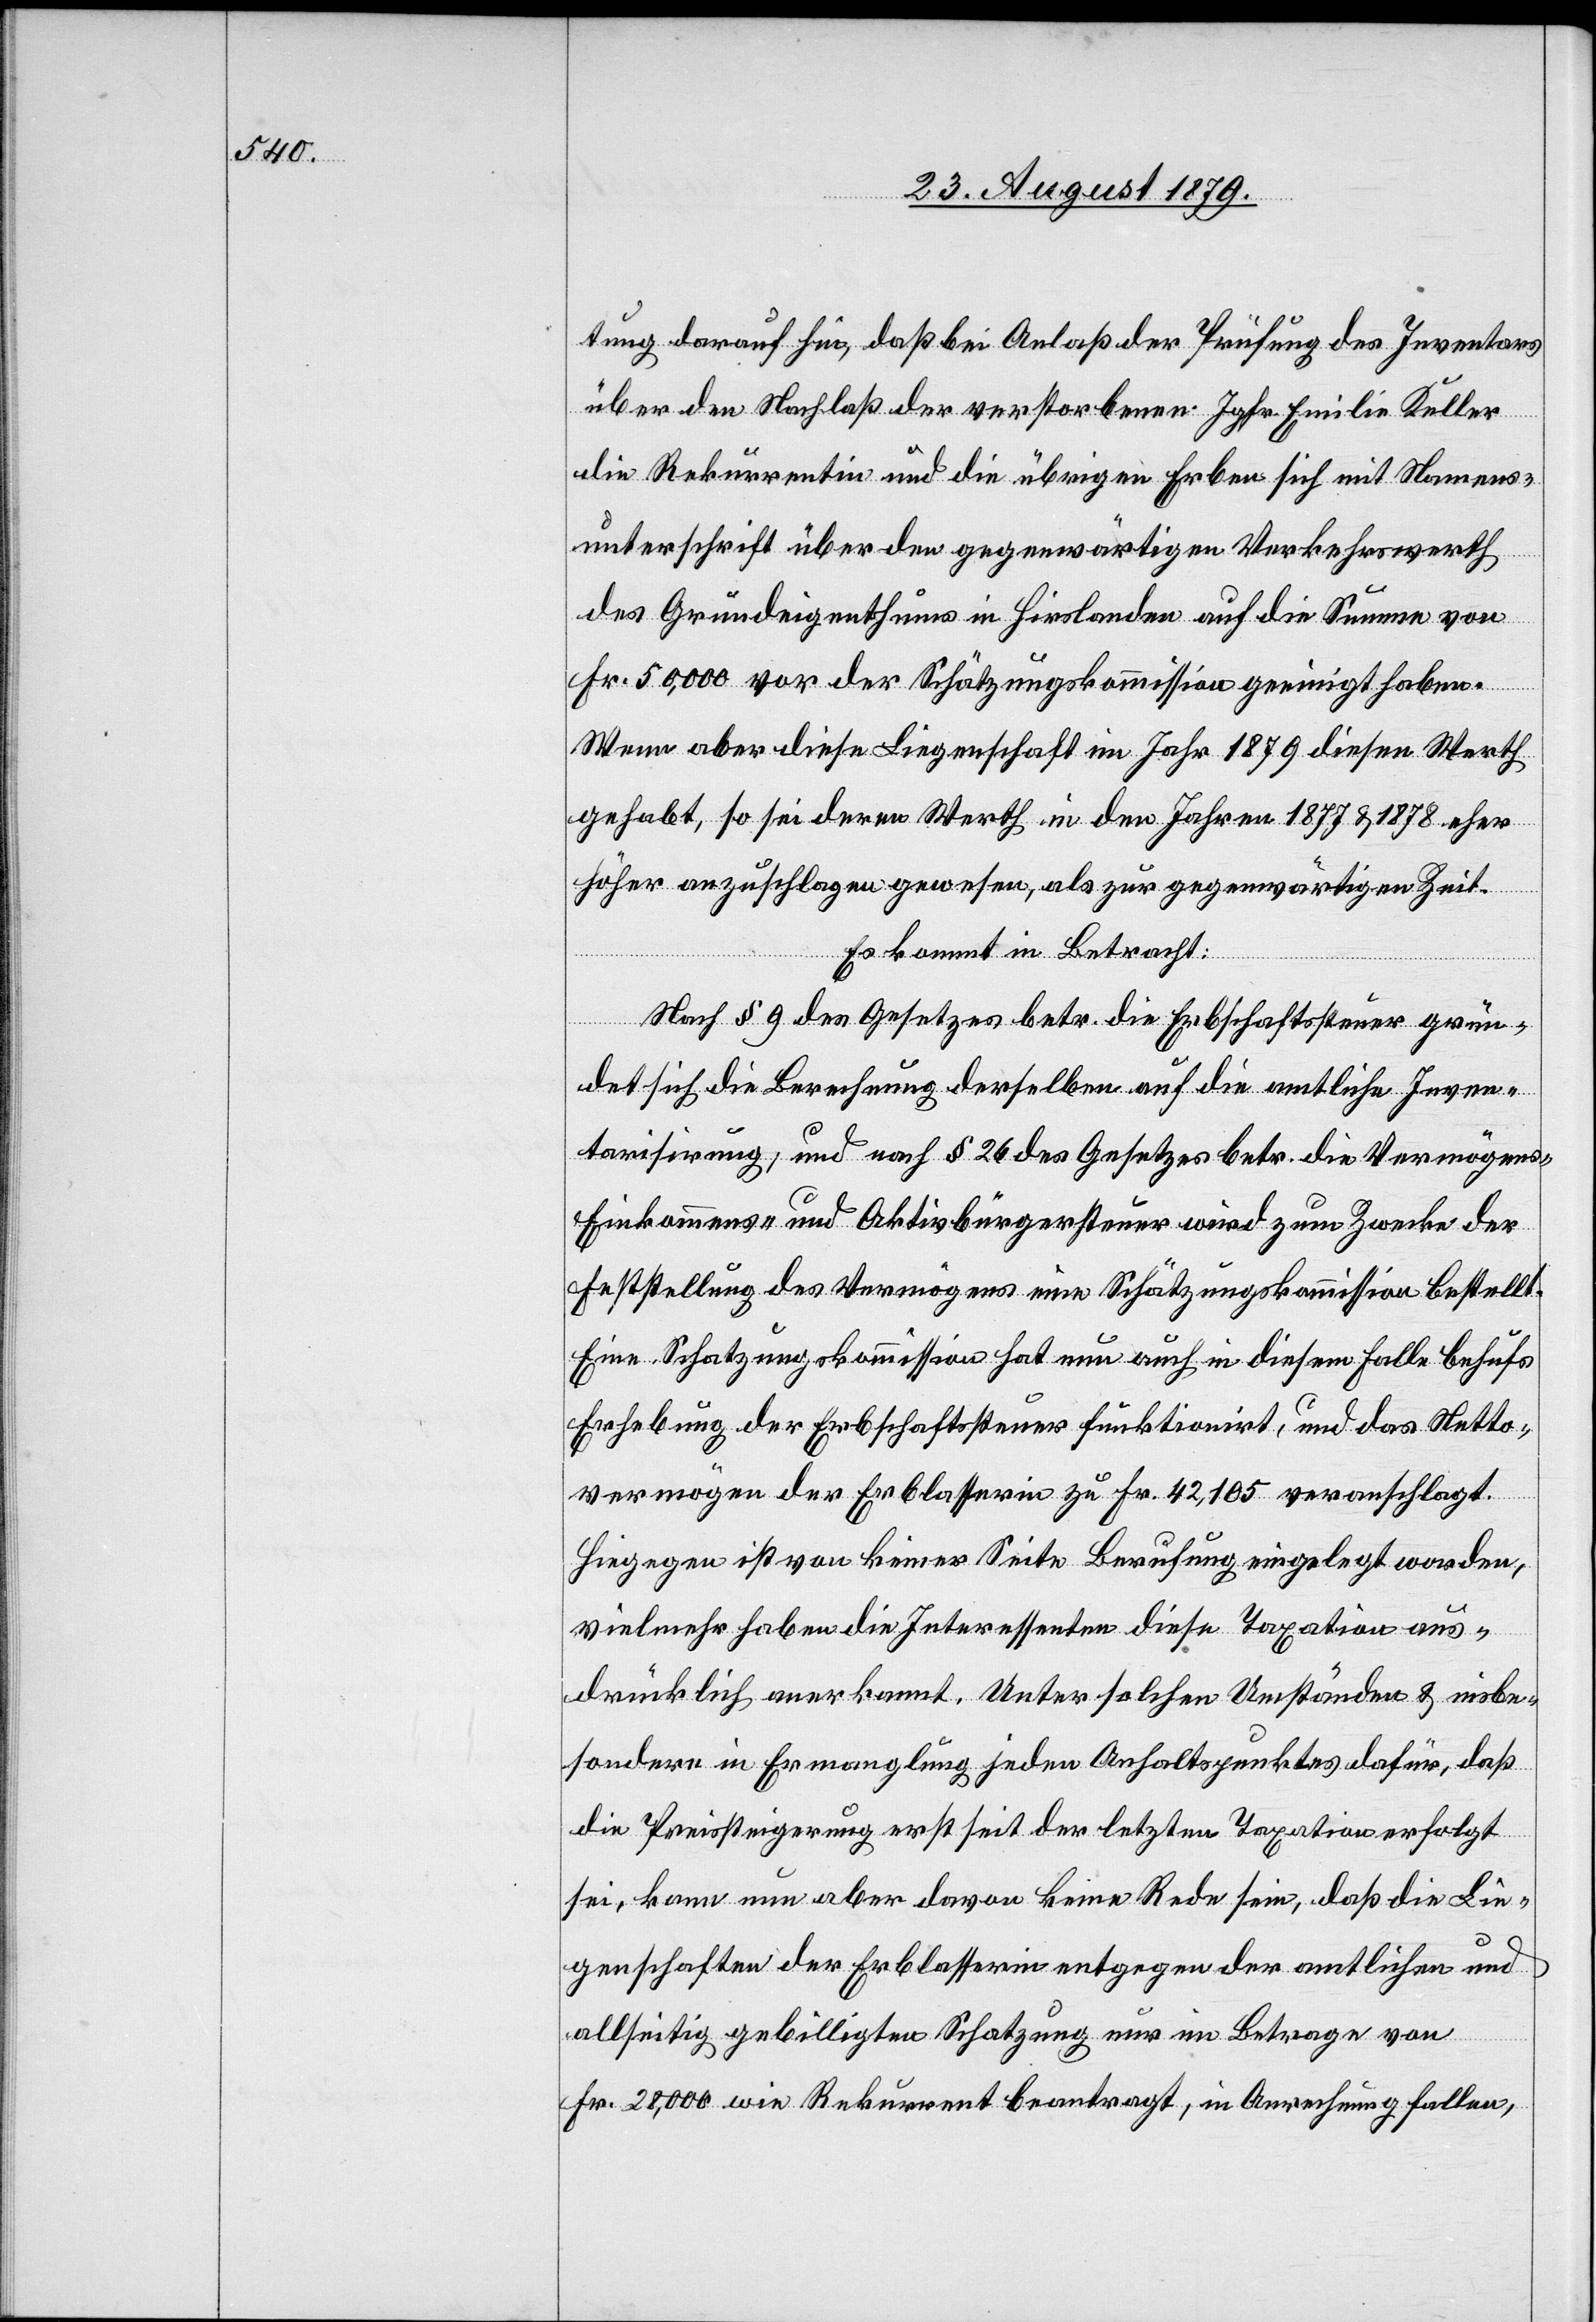
tung darauf hin, daß bei Anlaß der Prüfung des Inventars
über den Nachlaß der verstorbenen Jgfr. Emilie Keller
die Rekurrentin und die übrigen Erben sich mit Namens¬
unterschrift über den gegenwärtigen Verkehrswerth
des Grundeigenthums in Hirslanden auf die Summe von
Fr. 50,000 vor der Schätzungskommission geeinigt haben.
Wenn aber diese Liegenschaft im Jahr 1879 diesen Werth
geglaubt, so sei deren Werth in den Jahren 1877 & 1878 eher
höher anzuschlagen gewesen, als zur gegenwärtigen Zeit.
Es kommt in Betracht:
Nach § 9 des Gesetzes betr. die Erbschaftssteuer grün¬
det sich die Berechnung derselben auf die amtliche Inven¬
tarisirung, und nach § 26 des Gesetzes betr. die Vermögens-[,]
Einkommens- und Aktivbürgersteuer wird zum Zwecke der
Feststellung des Vermögens eine Schätzungskommission bestellt.
Eine Schatzungskommission hat nun auch in diesem Falle behufs
Erhebung der Erbschaftssteuer funktionirt, und das Netto¬
vermögen der Erblasserin zu Fr. 42,105 veranschlagt.
Hiegegen ist von keiner Seite Berufung eingelegt worden,
vielmehr haben die Interessenten diese Taxation aus¬
drücklich anerkannt. Unter solchen Umständen & insbe¬
sondere in Ermanglung jeden Anhaltspunktes dafür, daß
die Preissteigerung erst seit der letzten Taxation erfolgt
sei, kann nun aber davon keine Rede sein, daß die Lie¬
genschaften der Erblasserin entgegen der amtlichen und
allseitig gebilligten Schatzung nur im Betrage von
Fr. 28,000 wie Rekurrent beantragt, in Anrechnung fallen,